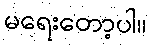
မရေးတော့ပါ။